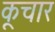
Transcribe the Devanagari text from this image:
कूचार